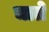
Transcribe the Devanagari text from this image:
चाते